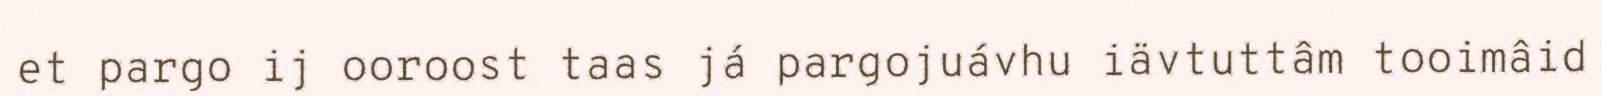
et pargo ij ooroost taas já pargojuávhu iävtuttâm tooimâid